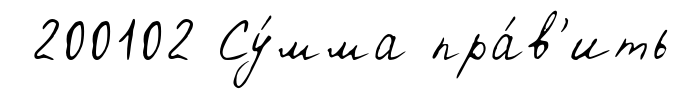
200102 Су́мма пра́в'ить